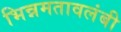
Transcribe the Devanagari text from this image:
भिन्नमतावलंबी